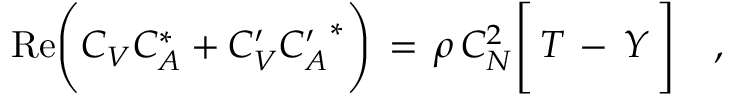
\mathrm { R e } \Bigg ( C _ { V } C _ { A } ^ { * } + C _ { V } ^ { \prime } { C _ { A } ^ { \prime } } ^ { * } \Bigg ) \, = \, \rho \, C _ { N } ^ { 2 } \Bigg [ \, T \, - \, Y \, \Bigg ] \ \ \ ,